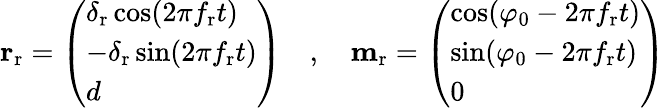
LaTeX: \begin{array}{r}{\mathbf{r}_{\mathrm{r}}=\left(\begin{array}{l}{\delta_{\mathrm{r}}\cos(2\pi f_{\mathrm{r}}t)}\\ {-\delta_{\mathrm{r}}\sin(2\pi f_{\mathrm{r}}t)}\\ {d}\end{array}\right)\quad,\quad\mathbf{m}_{\mathrm{r}}=\left(\begin{array}{l}{\cos(\varphi_{0}-2\pi f_{\mathrm{r}}t)}\\ {\sin(\varphi_{0}-2\pi f_{\mathrm{r}}t)}\\ {0}\end{array}\right)}\end{array}